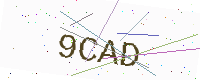
Text: 9CAD